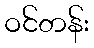
ဝင်တန်း